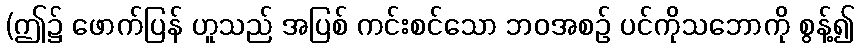
(ဤ၌ ဖောက်ပြန် ဟူသည် အပြစ် ကင်းစင်သော ဘဝအစဉ် ပင်ကိုသဘောကို စွန့်၍